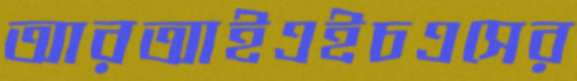
আরআইএইচএসের